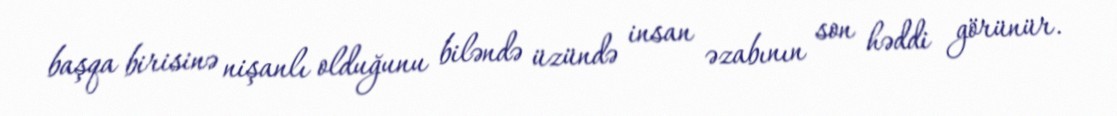
başqa birisinə nişanlı olduğunu biləndə üzündə insan əzabının son həddi görünür.